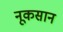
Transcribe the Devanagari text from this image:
नूकसान